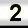
Digit: 2